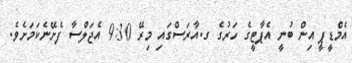
އެމްޑީޕީ އިން ބުނީ އެޕާޓީގެ ހަރުގެ ގ.އާރަސްގައި މިރޭ 9:30 އެޖަލްސާ ފެށޭނެކަމަށެވެ.